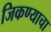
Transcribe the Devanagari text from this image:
जिकण्याचा